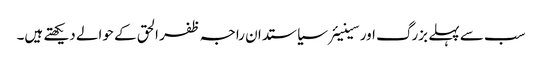
سب سے پہلے بزرگ اور سینیئرسیاستدان راجہ ظفر الحق کے حوالے دیکھتے ہیں۔